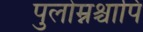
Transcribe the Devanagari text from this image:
पुलोम्नश्चापि